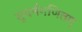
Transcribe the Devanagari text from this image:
सुवर्नगणितम्